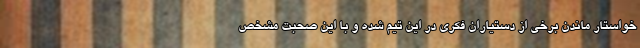
خواستار ماندن برخی از دستیاران فکری در این تیم شده و با این صحبت مشخص